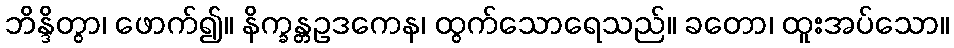
ဘိန္ဒိတွာ၊ ဖောက်၍။ နိက္ခန္တဥဒကေန၊ ထွက်သောရေသည်။ ခတော၊ ထူးအပ်သော။